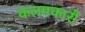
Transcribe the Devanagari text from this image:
कलमकारों